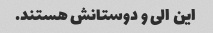
این الی و دوستانش هستند.